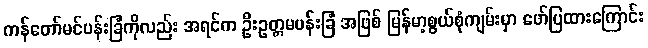
ကန်တော်မင်ပန်းခြံကိုလည်း အရင်က ဦးဥတ္တမပန်းခြံ အဖြစ် မြန်မာ့စွယ်စုံကျမ်းမှာ ဖော်ပြထားကြောင်း